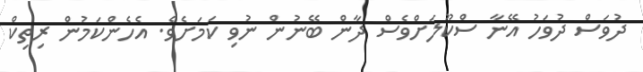
ދުވަސް ދުވަހު އޭނާ ސްކޫލަށްވެސް ދާން ބޭނުން ނުވި ކަމަށެވެ. އެހެންކަމުން ރިތިކް